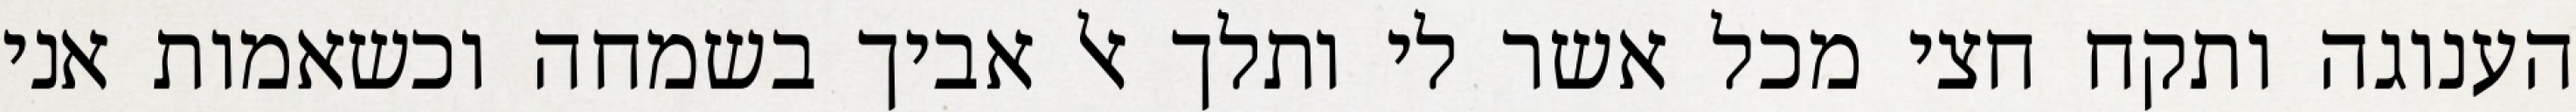
הענוגה ותקח חצי מכל אשר לי ותלך אל אביך בשמחה וכשאמות אני